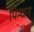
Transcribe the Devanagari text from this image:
पिन्चन